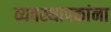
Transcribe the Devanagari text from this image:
व्यवस्थापकांना